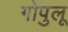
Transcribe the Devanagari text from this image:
गोपुलू